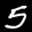
Label: 5